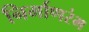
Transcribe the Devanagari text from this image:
निर्माणरंभ